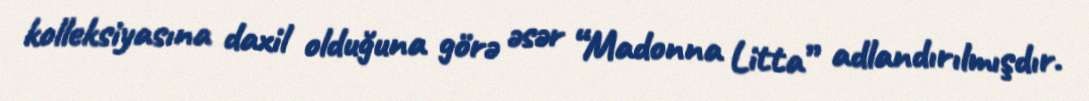
kolleksiyasına daxil olduğuna görə əsər “Madonna Litta” adlandırılmışdır.